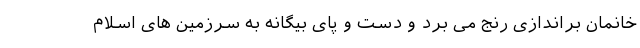
خانمان براندازی رنج می برد و دست و پای بیگانه به سرزمین های اسلام